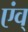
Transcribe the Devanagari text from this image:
एंव्